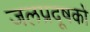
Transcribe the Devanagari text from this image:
जलप्रदूषकों